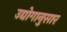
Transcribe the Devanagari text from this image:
उद्योगानुसार